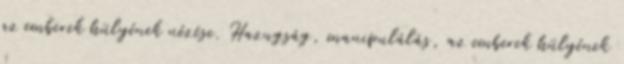
az emberek hülyének nézése. Hazugság, manipulálás, az emberek hülyének